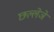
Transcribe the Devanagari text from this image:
छल्लेञे